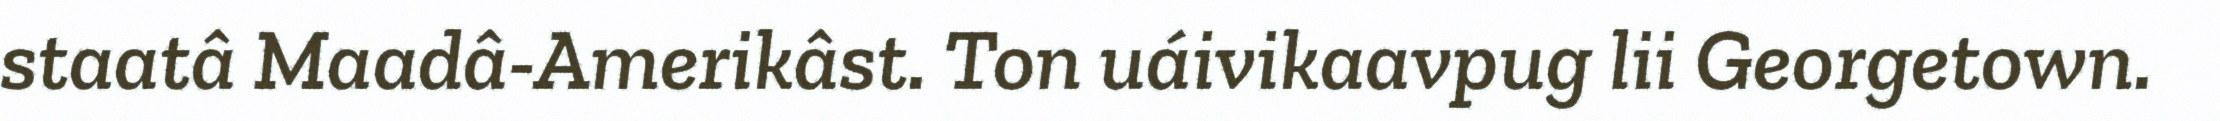
staatâ Maadâ-Amerikâst. Ton uáivikaavpug lii Georgetown.